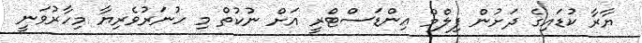
ޔާރާ ކުޑައިގެ ދަށުން ފިލްމް އިންޑަސްޓްރީ އަށް ނުކުތް މި ހުނަރުވެރިޔާ މިހާރުވަނީ